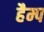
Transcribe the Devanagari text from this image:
हैम्प